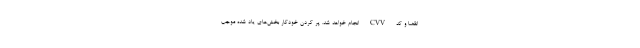
انقضا و کد CVV انجام خواهد شد. پر کردن خودکار بخش‌های یاد شده موجب